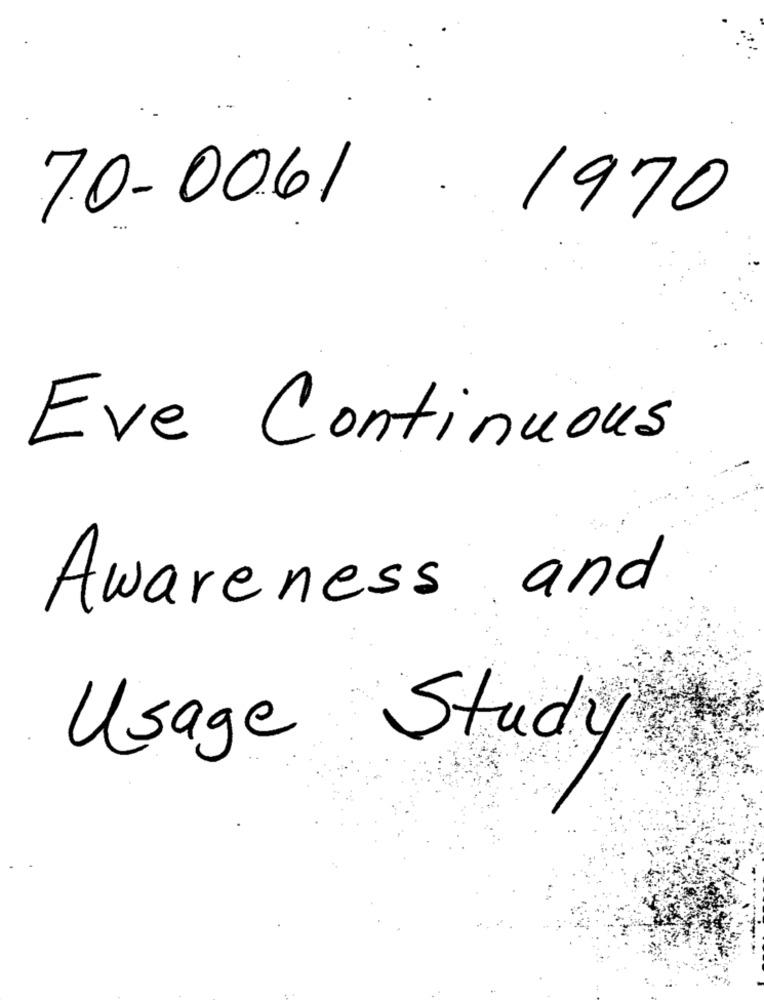
70-0061
..
1970
Eve Continuous
Awareness and
Study
Usage